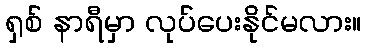
ရှစ် နာရီမှာ လုပ်ပေးနိုင်မလား။